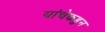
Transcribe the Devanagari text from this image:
यांचेकडुन